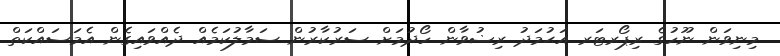
މިނިވަން ނޫހުގެ ރިޕޯރޓަރ އަޙުމަދު ރިޟުވާން ހޯދުމަށް ސަރުކާރުން ސަމާލުކަމެއް ދެއްވައިގެން އެމަސައްކަތް